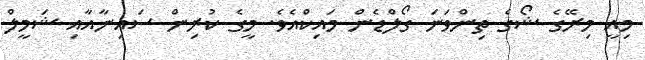
މިއީ މިރޭގެ ޝޯގެ ތިންވަނަ ގޯލްޑެން މައިކްއެވެ. މީގެ ކުރިން ސައިނާއާއި ޝަމީލް